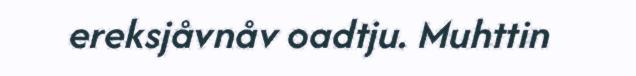
ereksjåvnåv oadtju. Muhttin